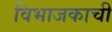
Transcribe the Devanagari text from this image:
विभाजकाची